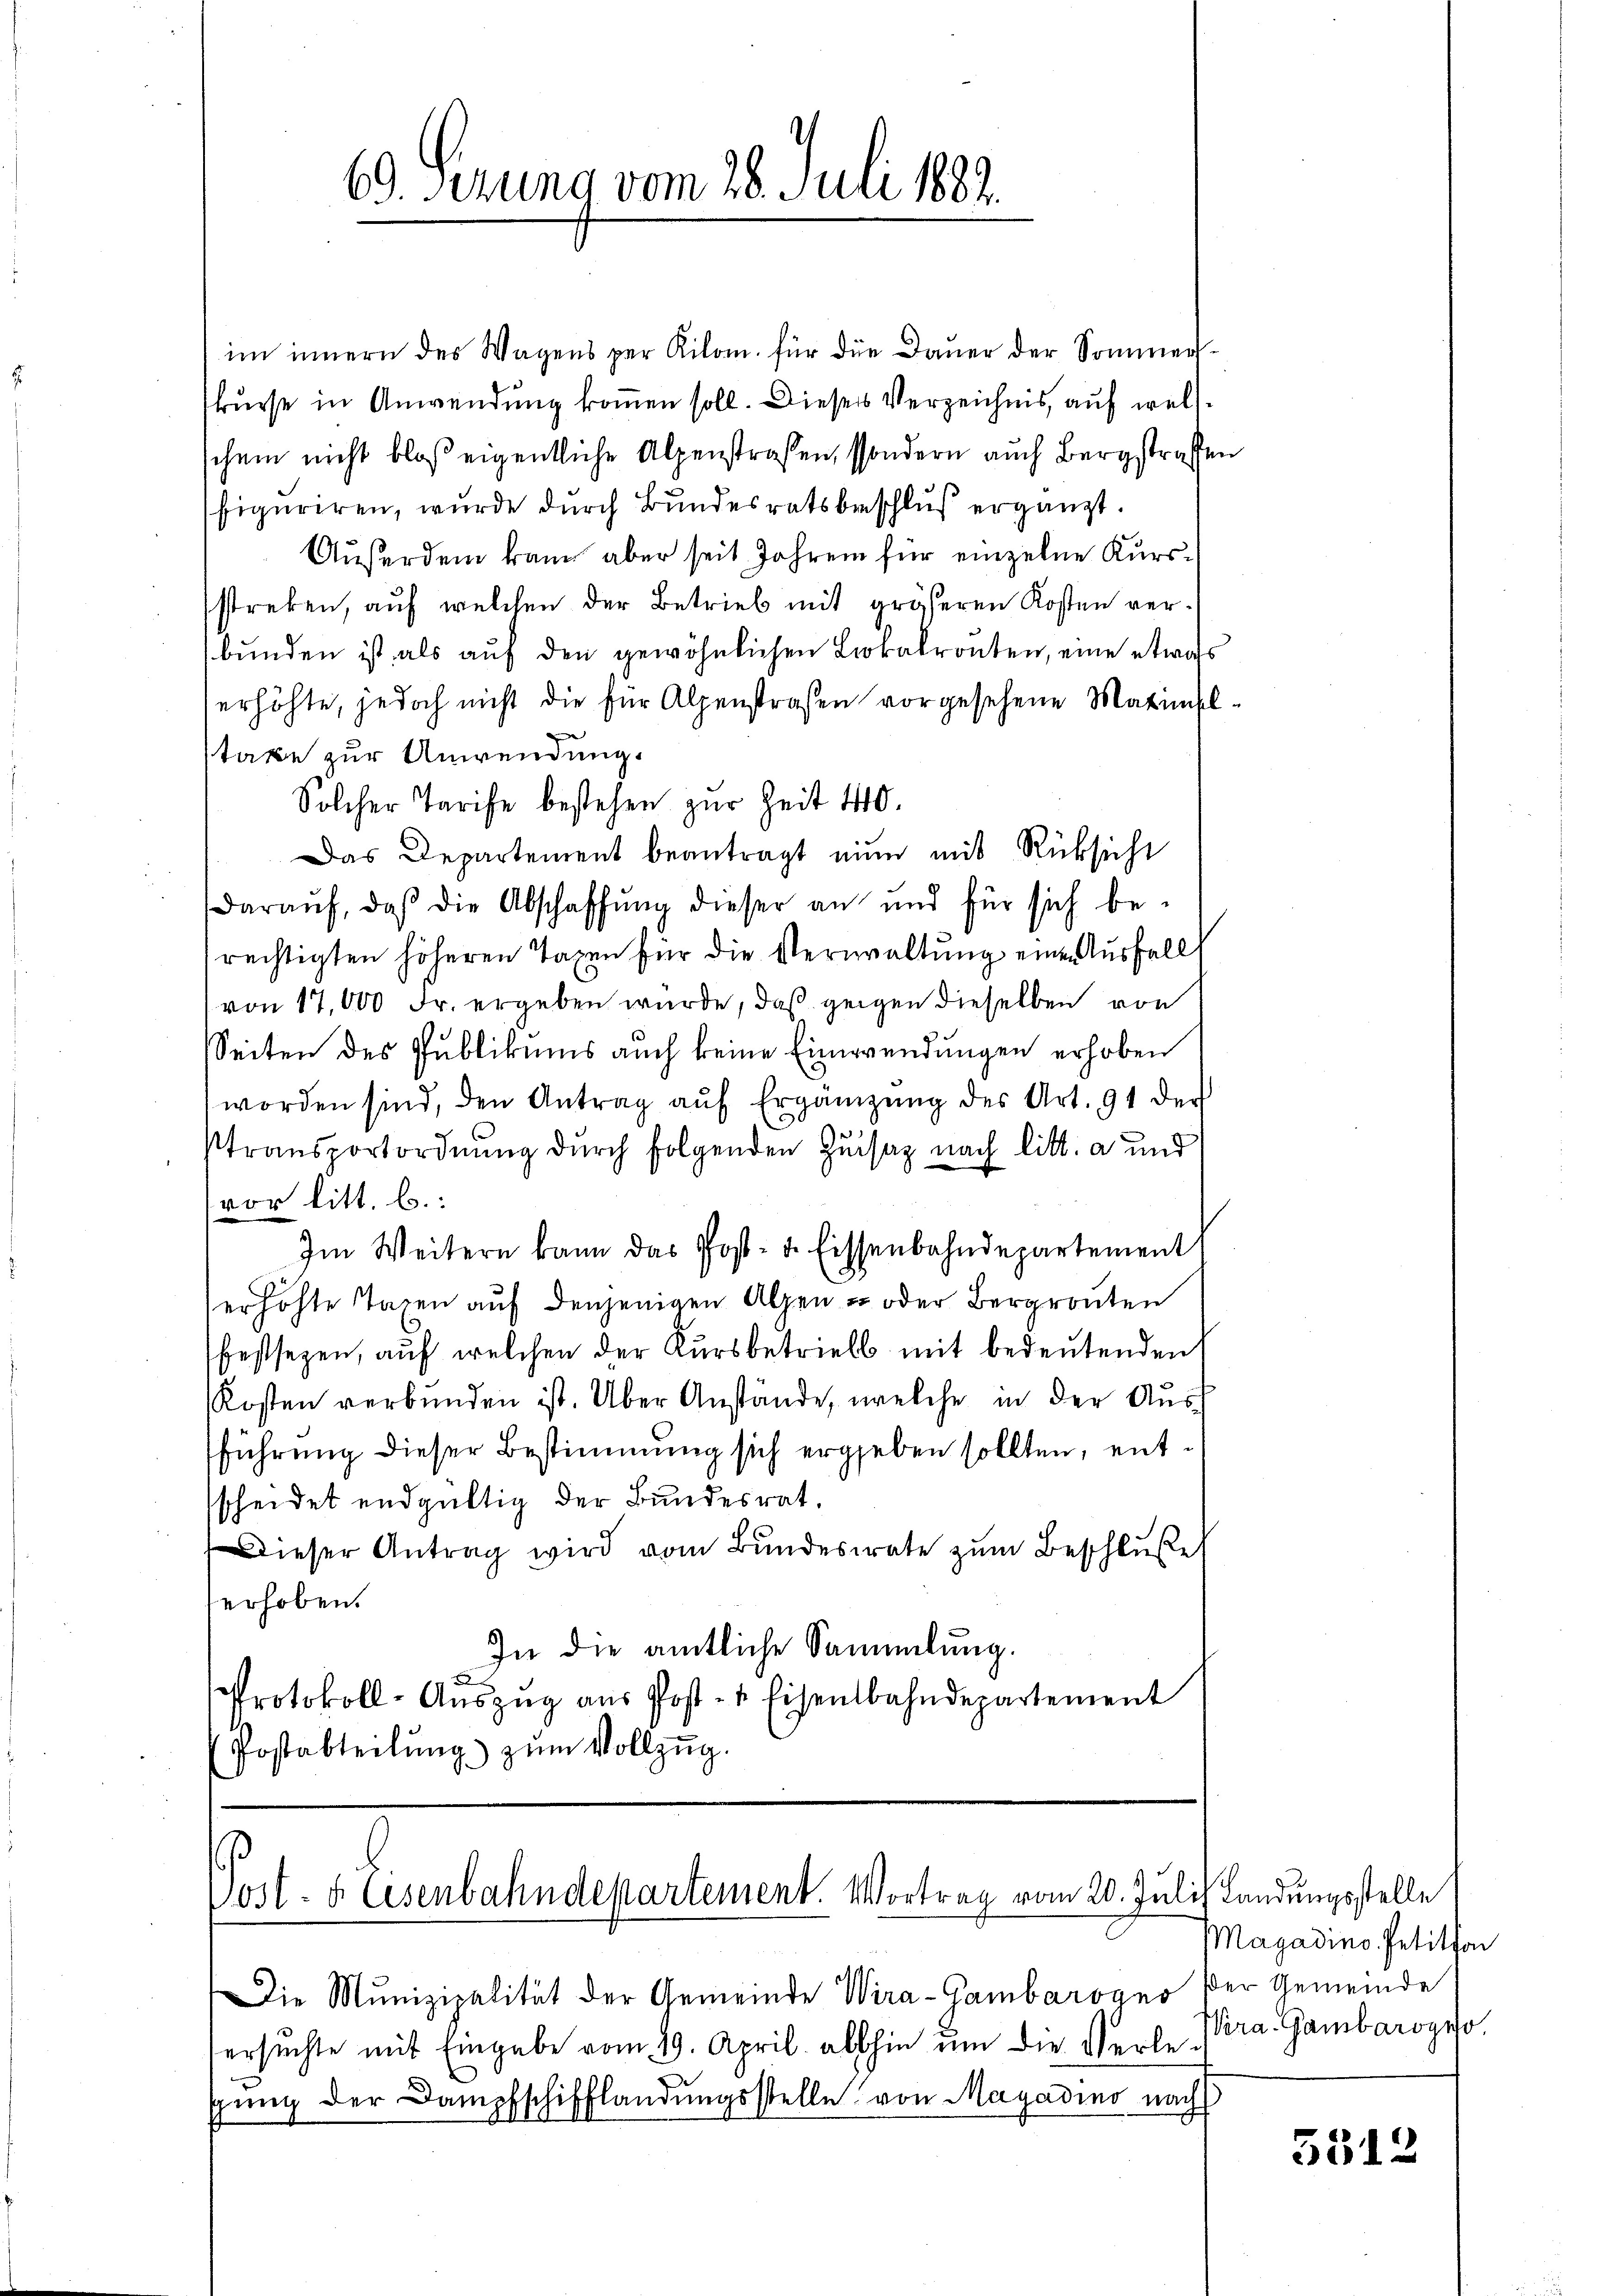
69. Serung vom 28. Juli 1883.

im innern der Wagens per Kilom. für die Dauer der Sommerskurse in Anwendung kommen soll. Dieser Verzeichnis, auf weltschein nicht bloß eigentliche Alpenstraßen, sondern auch Bergstrafen
figuriren, wurde durch Bundesratsbeschluß ergänzt.
Außerden kann aber seit Jahren für einzelne Kursstreken, auf welchen der Betrieb mit größeren Kosten verbunden ist als auf den gewöhnlichen Lokalronten, eine etwas
erhöhte, jedoch nicht die für Alpenstrafen vorgesehene Maximselstaxe zur Anwendung.
Solcher Tarife bestehen zur Zeit 40.
Das Departement beantragt ein mit Rücksicht
daraŭf, daß die Abschaffŭng dieser an und für sich be-
rechtigten höheren Taxen für die Verwaltung eine Ausfall
von 17,000 Fr. ergeben würde, daß gegen dieselben von
Seiten des Publikums auch keine Einwendungen erhoben
worden sind, den Antrag aŭf Ergänzŭng des Art. 91 der
stransportordnung durch folgenden Zusaz nach litt. a und
vor litt. b.
Im Weitern kann das Post- u. Eissenbahndepartement
erhöhte Taxen auf denjenigen Alpen - oder Bergrönten
festsezen, auf welchen der Kursbetrieb mit bedeutenden
Kosten verbunden ist. Über Anstände, welche in der Ausführung dieser Bestimmung sich ergeben sollten, entscheidet endgültig der Bundesrat.
Dieser Antrag wird vom Bŭndesrate zŭm Beschluße
erhoben.
In die amtliche Sammlung.
Protokoll-Aŭszŭg aŭs Post- & Eisenbahndepartement
Postabteilung zum Vollzug.

Sost- & Eisenbahndepartement. Vortrag vom 20. Juli) Landungsstelle

Die Munizipalität der Gemeinde Wira-Gambarogno der Gemeinde
ersŭchte mit Eingabe vom 29. April allhin ŭm die Verle Vera. Gambarogeso
sung der Dampfschifflandungsstelle von Magadino nach

Magadino Petition

5312